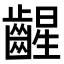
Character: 𫠛